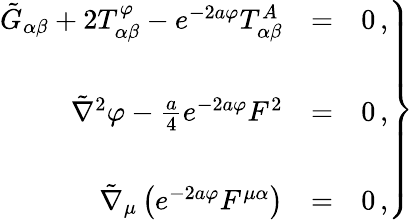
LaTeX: \left.\begin{array}{rcl}{{\tilde{G}_{\alpha\beta}+2T_{\alpha\beta}^{\varphi}-e^{-2a\varphi}T_{\alpha\beta}^{A}}}&{{=}}&{{0\, ,}}\\ {{}}&{{}}&{{}}\\ {{\tilde{\nabla}^{2}\varphi-{\textstyle\frac{a}{4}}e^{-2a\varphi}F^{2}}}&{{=}}&{{0\, ,}}\\ {{}}&{{}}&{{}}\\ {{\tilde{\nabla}_{\mu}\left(e^{-2a\varphi}F^{\mu\alpha}\right)}}&{{=}}&{{0\, ,}}\end{array}\right\}